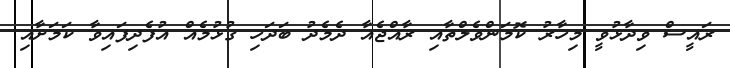
ރައީސް ވިދާޅުވީ މިހާރު ކޮމަންވެލްތާއި ރާއްޖެއާ ދެމެެދު ބަދަހި ގުޅުމެއް އުފެދިފައިވާ ކަމަށާއި